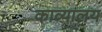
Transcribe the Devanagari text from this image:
काव्यालय